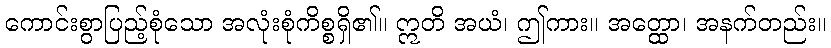
ကောင်းစွာပြည့်စုံသော အလုံးစုံကိစ္စရှိ၏။ ဣတိ အယံ၊ ဤကား။ အတ္ထော၊ အနက်တည်း။